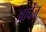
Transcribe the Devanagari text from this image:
आर्चेज